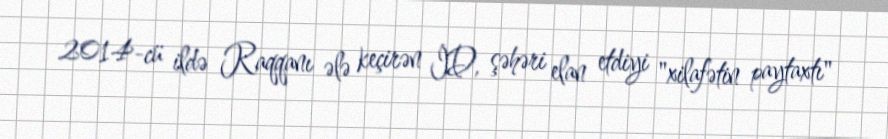
2014-cü ildə Raqqanı ələ keçirən İD, şəhəri elan etdiyi "xilafətin paytaxtı"